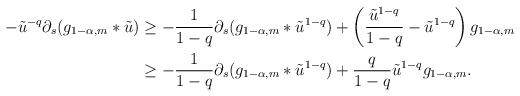
LaTeX: \begin{align*}-\tilde{u}^{-q}\partial_{s}(g_{1-\alpha,m}*\tilde{u}) & \geq -\frac{1}{1-q}\partial_{s}(g_{1-\alpha,m}*\tilde{u}^{1-q})+ \left( \frac{\tilde{u}^{1-q}}{1-q} - \tilde{u}^{1-q} \right)g_{1-\alpha,m} \\& \geq - \frac{1}{1-q}\partial_{s}(g_{1-\alpha,m}*\tilde{u}^{1-q}) + \frac{q}{1-q}\tilde{u}^{1-q}g_{1-\alpha,m}.\end{align*}